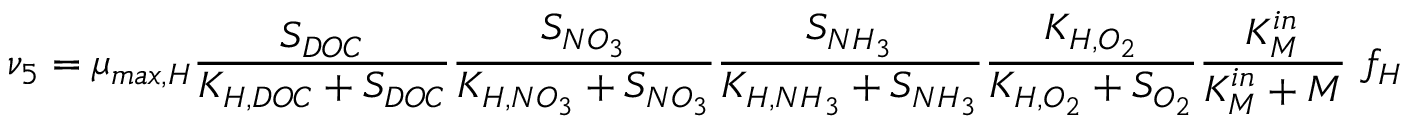
\nu _ { 5 } = \mu _ { m a x , H } \frac { S _ { D O C } } { K _ { H , D O C } + S _ { D O C } } \frac { S _ { N O _ { 3 } } } { K _ { H , N O _ { 3 } } + S _ { N O _ { 3 } } } \frac { S _ { N H _ { 3 } } } { K _ { H , N H _ { 3 } } + S _ { N H _ { 3 } } } \frac { K _ { H , O _ { 2 } } } { K _ { H , O _ { 2 } } + S _ { O _ { 2 } } } \frac { K _ { M } ^ { i n } } { K _ { M } ^ { i n } + M } \ f _ { H }